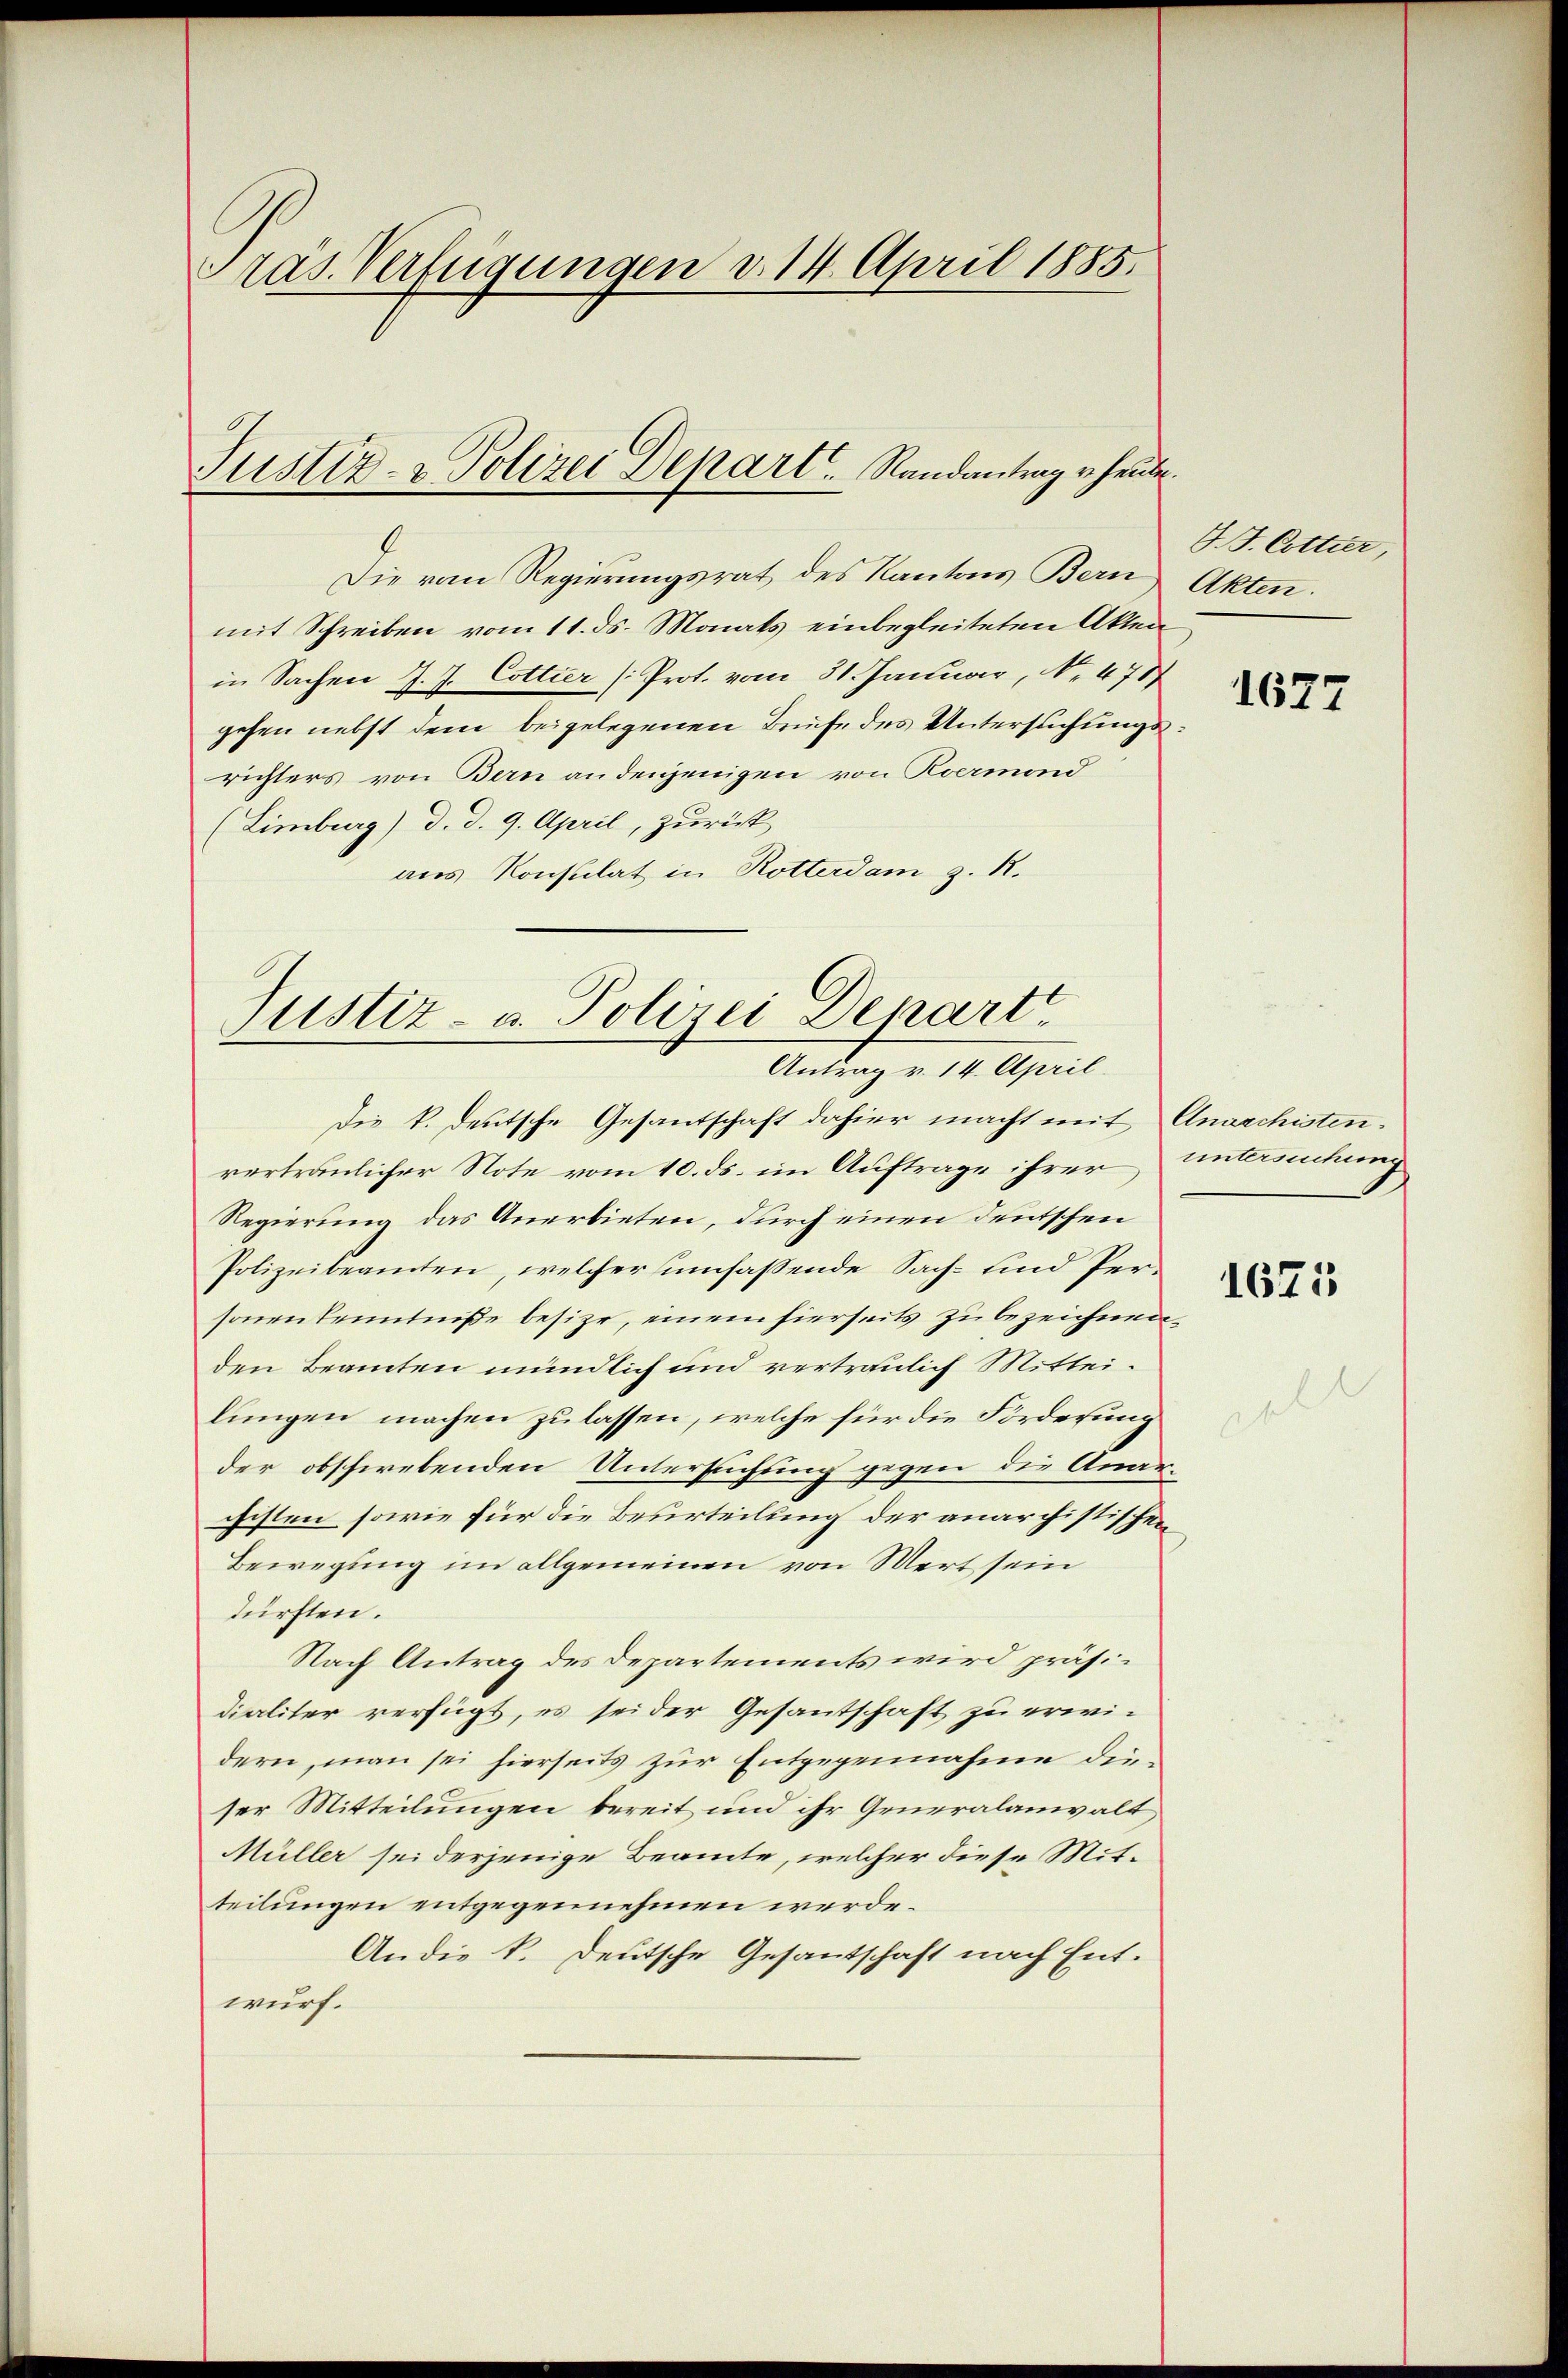
Pras. Verfügungen d. 14. April 1885.

Justiz- & Polizei Depart.   Randantrag u. heute.

Die vom Regierungsrat des Kantons Bern
mit Schreiben vom 11. ds. Monats einbegleiteten Akten
in Sachen J. J. Cottier (Prot. vom 31. Januar, No. 478
gehen nebst dem beigelegenen Brüfe des Untersuchungsrichters von Bern an denjenigen von Koermond
(Limburg) d. d. 9. April, zurück
aus Konsulat in Rotterdam z. R.

Justiz- u. Polizei Depart
Antrag v. 14. April.

Die k. deutsche Gesantschaft dahier macht mit Anarchisten.
vertraulicher Note vom 10. ds. im Auftrage ihrer untersuchung
Regierung das Anerbieten, durch einen deutschen
Polizeibeamten, welcher sumfassende Sach- und Personen Kenntniße besize, einem hierseits zu bezeichnen.
den Beamten mündlich und vertraulich Mitteilungen machen zu lassen, welche für die Forderung
der obschwebenden Untersuchung gegen die Anar-
chisten sowie für die Beurteilung der anarchistischen
Bewegung im allgemeinen von Wert sein
dürften.
Nach Antrag des Departements wird präsidialiter verfügt, es sei der Gesantschaft zu erwidern, man sei hierseits zur Entgegennahme dieser Mitteilungen bereit und ihr Generalanwalt
Müller sei derjenige Beamte, welcher diese Mitteilungen entgegennehmen werde.
An die k. Deutsche Gesantschaft nach Entwurf.

J. J. Cottier,
Akten.

1677

1675